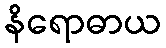
နိရောဓာယ